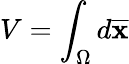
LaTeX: V=\int_{\Omega}d{\overline{{\mathbf{x}}}}